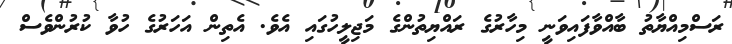
ރަސްމިއްޔާތު ބާއްވާފައިވަނީ މިހާރުގެ ރައްޔިތުންގެ މަޖިލީހުގައި އެވެ. އެތިން އަހަރުގެ ހުވާ ކުރުންވެސް